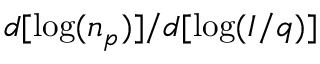
d [ \log ( n _ { p } ) ] / d [ \log ( I / q ) ]